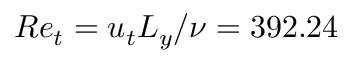
R e _ { t } = u _ { t } L _ { y } / \nu = 3 9 2 . 2 4